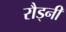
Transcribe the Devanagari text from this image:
रौड्नी